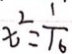
x ^ { 2 } = \frac { 1 } { 1 6 }